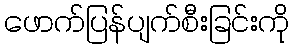
ဖောက်ပြန်ပျက်စီးခြင်းကို